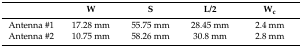
<table><thead><tr><td></td><td><b>W</b></td><td><b>S</b></td><td><b>L/2</b></td><td><b>W<sub>c</sub></b></td></tr></thead><tbody><tr><td>Antenna #1</td><td>17.28 mm</td><td>55.75 mm</td><td>28.45 mm</td><td>2.4 mm</td></tr><tr><td>Antenna #2</td><td>10.75 mm</td><td>58.26 mm</td><td>30.8 mm</td><td>2.8 mm</td></tr></tbody></table>